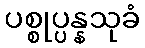
ပစ္စုပ္ပန္နသုခံ